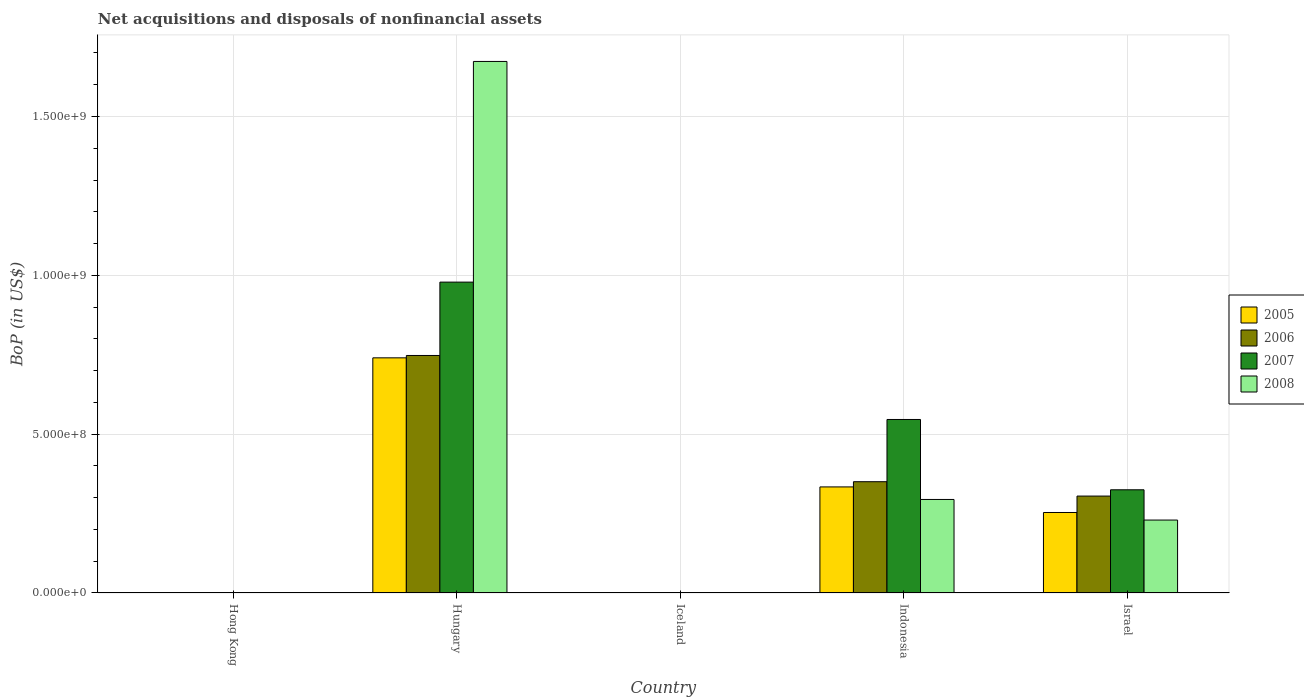
| Country | 2005 | 2006 | 2007 | 2008 |
 | --- | --- | --- | --- | --- |
 | Hong Kong | -7.45e+07 | -9.85e+07 | -8.71e+07 | -2.52e+08 |
 | Hungary | 7.4e+08 | 7.48e+08 | 9.79e+08 | 1.67e+09 |
 | Iceland | -6.46e+06 | -7.3e+06 | -1.4e+07 | -1.16e+07 |
 | Indonesia | 3.34e+08 | 3.5e+08 | 5.46e+08 | 2.94e+08 |
 | Israel | 2.53e+08 | 3.05e+08 | 3.25e+08 | 2.3e+08 |